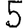
Digit: 5